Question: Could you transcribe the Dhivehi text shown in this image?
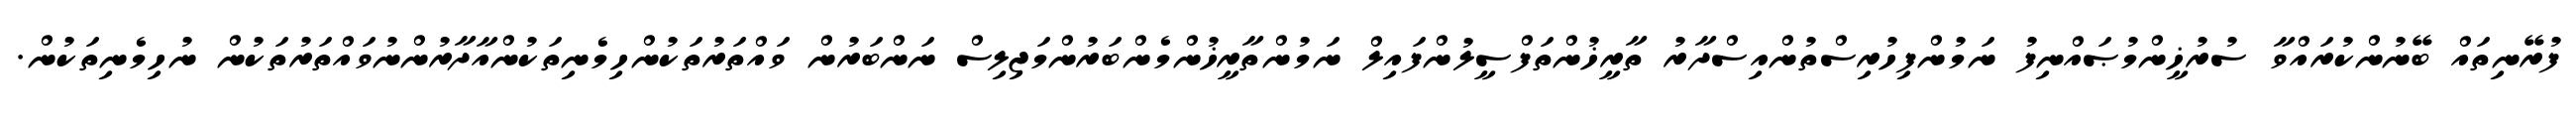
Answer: ފުރޭނިތައް ބޭނުންކުރައްވާ ސުރުޚީންމުޞައްނިފު ނަމުންފިހުރިސްތުންއިސްދާރު ތާރީޚުންތަފްސީލުންފައިލް ނަމުންތާރީޚުންމެންބަރުންމަޖިލިސް ނަންބަރުން ވައްތަރުތަކުންހިމެނިތަކުންއާދާރުންނުވައްތަރުތަކުން ނުހިމެނިތަކުން.